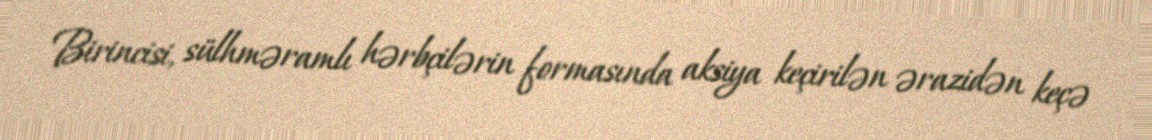
Birincisi, sülhməramlı hərbçilərin formasında aksiya keçirilən ərazidən keçə